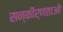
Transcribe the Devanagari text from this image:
सन्कीर्णताओ